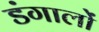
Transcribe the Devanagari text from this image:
डंगालों